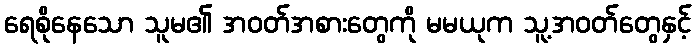
ရေစိုနေသော သူမ၏ အဝတ်အစားတွေကို မမယုက သူ့အဝတ်တွေနှင့်